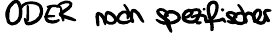
ODER noch spezifischer